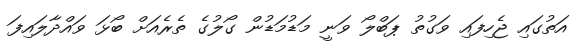
އަތުގައި ޖެހިފައި ވަގުތު ޕަބްލޯ ވަނީ މަޑުމަޑުން ގޯލުގެ ތެރެއަށް ބޯޅަ ވައްދާލައިފަ